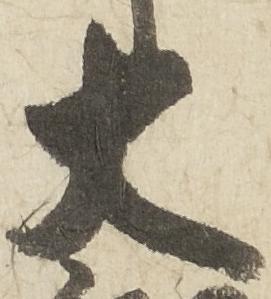
大